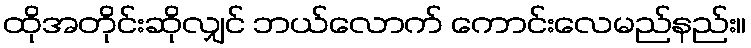
ထိုအတိုင်းဆိုလျှင် ဘယ်လောက် ကောင်းလေမည်နည်း။